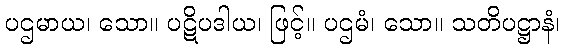
ပဌမာယ၊ သော။ ပဋိပဒါယ၊ ဖြင့်။ ပဌမံ၊ သော။ သတိပဋ္ဌာနံ၊